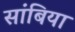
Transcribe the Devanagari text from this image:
सांबिया